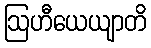
ဩဟီယေယျာတိ